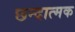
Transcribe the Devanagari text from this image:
छन्दात्मक